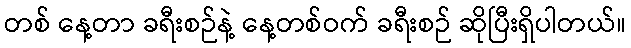
တစ် နေ့တာ ခရီးစဉ်နဲ့ နေ့တစ်ဝက် ခရီးစဉ် ဆိုပြီးရှိပါတယ်။